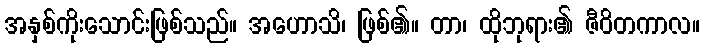
အနှစ်ကိုးသောင်းဖြစ်သည်။ အဟောသိ၊ ဖြစ်၏။ တာ၊ ထိုဘုရား၏ ဇီဝိတကာလ။